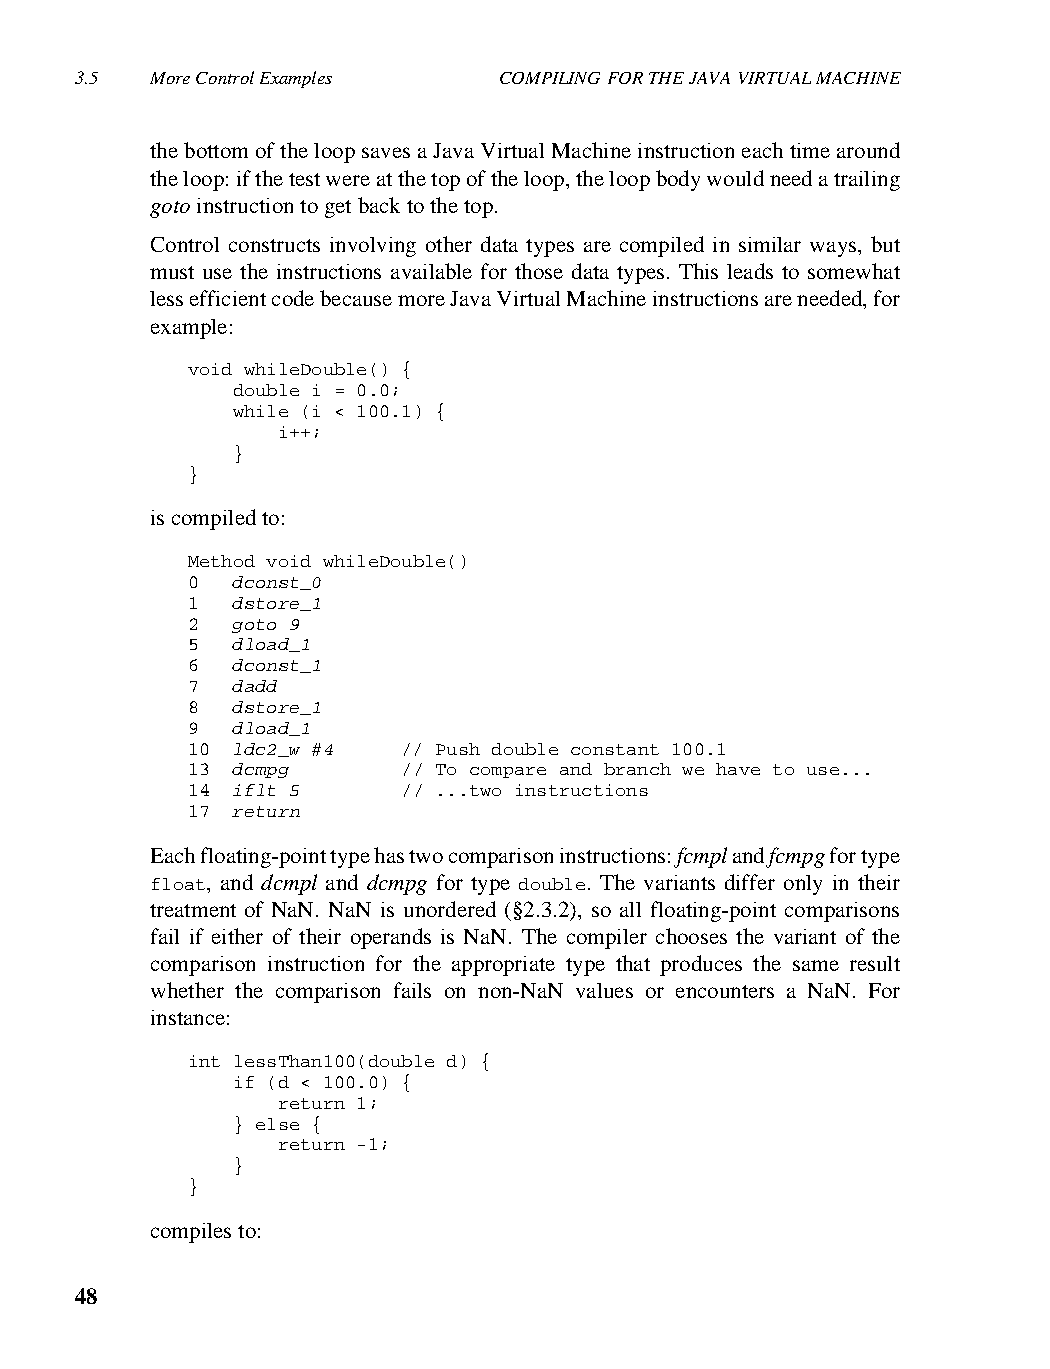
3.5  More Control Examples  COMPILING FOR THE JAVA VIRTUAL MACHINE
 the bottom of the loop saves a Java Virtual Machine instruction each time around
 the loop: if the test were at the top of the loop, the loop body would need a trailing
 goto instruction to get back to the top.
 Control constructs involving other data types are compiled in similar ways, but
 must use the instructions available for those data types. This leads to somewhat
 less efficient code because more Java Virtual Machine instructions are needed, for
 example:
 void whileDouble() {
 double i = 0.0;
 while (i < 100.1) {
 i++;
 }
 }
 is compiled to:
 Method void whileDouble()
 0  dconst_0
 1  dstore_1
 2  goto 9
 5  dload_1
 6  dconst_1
 7  dadd
 8  dstore_1
 9  dload_1
 10 ldc2_w #4   // Push double constant 100.1
 13 dcmpg       // To compare and branch we have to use...
 14 iflt 5      // ...two instructions
 17 return
 Each floating-point type has two comparison instructions: fcmpl and fcmpg for type
 float, and dcmpl and dcmpg for type double. The variants differ only in their
 treatment of NaN. NaN is unordered (§2.3.2), so all floating-point comparisons
 fail if either of their operands is NaN. The compiler chooses the variant of the
 comparison instruction for the appropriate type that produces the same result
 whether the comparison fails on non-NaN values or encounters a NaN. For
 instance:
 int lessThan100(double d) {
 if (d < 100.0) {
 return 1;
 } else {
 return -1;
 }
 }
 compiles to:
 48